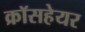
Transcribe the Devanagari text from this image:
क्रॉसहेयर